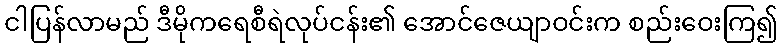
ငါပြန်လာမည် ဒီမိုကရေစီရဲလုပ်ငန်း၏ အောင်ဇေယျာဝင်းက စည်းဝေးကြ၍